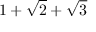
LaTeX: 1 + { \sqrt { 2 } } + { \sqrt { 3 } }